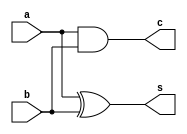
// -------------------------
// Exemplo0021 - Somador
// Nome: Daniel Telles McGinnis
// -------------------------
// Previso:
// A sada ser um valor de 4 bits
// igual  soma dos dois operandos
// de 4 bits cada, e o vai-um.
// Teste 1:
// Entradas: [a = 0000 e b = 0000], [a = 1111 e b = 1111],
// [a = 0101 e b = 1111] e [a = 1010 e b = 0000]
// Observaes da sada:
// Estes testes no so exaustivos pois no
// so testados todas as possveis combinaes
// de entrada, mas os testes que foram feitos
// deram certo.
// -------------------------
// somador
// -------------------------
module halfAdder (output s, output c,
                  input a, input b);
	xor N0 (s, a, b);
	and N1 (c, a, b);
endmodule // halfAdder

module fullAdder (output s0, output s1,
                  input a, input b, input c);
	wire a_mais_b_s;
	wire a_mais_b_carry;
	wire segundoCarry;
	halfAdder N0 (a_mais_b_s, a_mais_b_carry, a, b);
	halfAdder N1 (s0, segundoCarry, a_mais_b_s, c);
	or N2 (s1, segundoCarry, a_mais_b_carry);
endmodule // fullAdder

module circuito4bitAdder(output [3:0] s, output carry,
                 input [3:0] a, input [3:0] b);
	wire carry1;
	wire carry2;
	wire carry3;
	fullAdder N0 (s[0], carry1, a[0], b[0], 1'b0);
	fullAdder N1 (s[1], carry2, a[1], b[1], carry1);
	fullAdder N2 (s[2], carry3, a[2], b[2], carry2);
	fullAdder N3 (s[3], carry, a[3], b[3], carry3);
endmodule // circuito4bitAdder

module test_4bitAdder;
	// ------------------------- definir dados
	reg [3:0] x;
	reg [3:0] y;
	wire [3:0] s;
	wire carry;
	circuito4bitAdder modulo (s, carry, x, y);
	// ------------------------- parte principal
	initial begin
		$display("Exemplo0021 - Daniel Telles McGinnis - 435042");
		$display("Test AU's module");
		
		x = 4'b0000; y = 4'b0000;
		#1 $display("%b + %b = %b + carry %b", x, y, s, carry);
		
		x = 4'b0000; y = 4'b1111;
		#1 $display("%b + %b = %b + carry %b", x, y, s, carry);

		x = 4'b0101; y = 4'b1010;
		#1 $display("%b + %b = %b + carry %b", x, y, s, carry);

		x = 4'b1111; y = 4'b0001;
		#1 $display("%b + %b = %b + carry %b", x, y, s, carry);
	end
endmodule // test_4bitAdder